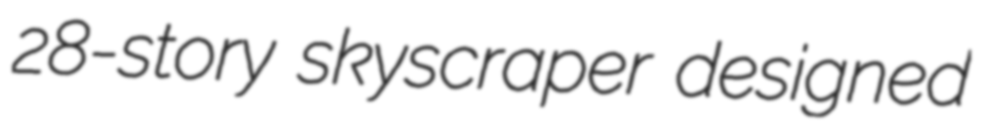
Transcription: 28-story skyscraper designed